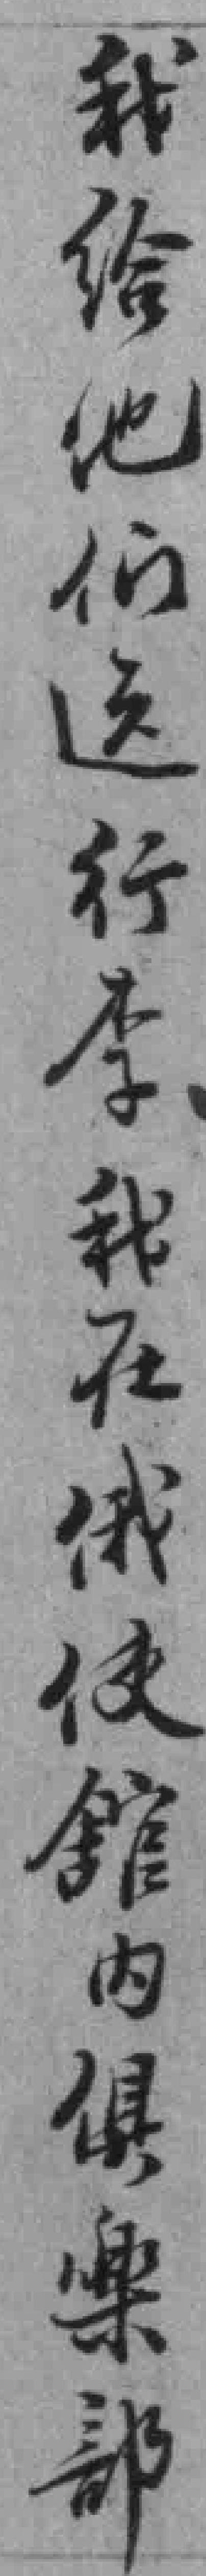
我给他们送行李我在俄使舘內俱樂部